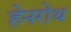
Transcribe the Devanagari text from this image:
हेनरोथ